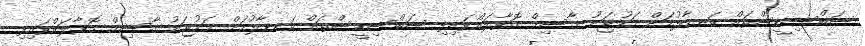
ސަބްސިޑީސްތައް ކަނޑާލުމަށް މަހުޖަނު ޤާސިމް ގޮވާލައްވައިފި ސަބްސިޑީސްތައް ކަނޑާލުމަށް މަހުޖަނު ޤާސިމް ގޮވާލައްވައިފި